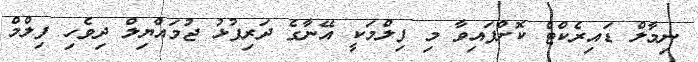
ނިމާލް ޑައިރެކްޓް ކޮށްފައިވާ މި ފިލްމަކީ އޭނާގެ ދަރިފުޅު ޖުމައްޔިލް ދިވެހި ފިލްމް